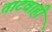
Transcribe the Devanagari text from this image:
ताटवाही